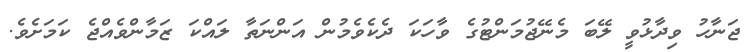
ޖަނާހު ވިދާޅުވީ ލޭބަ މެނޭޖުމަންޓުގެ ވާހަކަ ދެކެވެމުން އަންނަތާ ލައްކަ ޒަމާންވެއްޖެ ކަމަށެވެ.